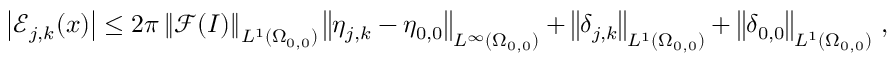
\begin{array} { r } { \left\vert \mathcal { E } _ { j , k } ( \boldsymbol { x } ) \right\vert \leq 2 \pi \left\| \mathcal { F } ( I ) \right\| _ { L ^ { 1 } ( \Omega _ { 0 , 0 } ) } \left\| \eta _ { j , k } - \eta _ { 0 , 0 } \right\| _ { L ^ { \infty } ( \Omega _ { 0 , 0 } ) } + \left\| \delta _ { j , k } \right\| _ { L ^ { 1 } ( \Omega _ { 0 , 0 } ) } + \left\| \delta _ { 0 , 0 } \right\| _ { L ^ { 1 } ( \Omega _ { 0 , 0 } ) } \, , } \end{array}